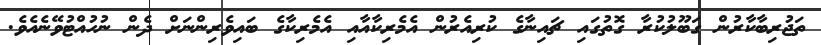
ތަޖުރިބާކާރުން ގަބޫލުކުރާ ގޮތުގައި ޗައިނާގެ ކުރިއެރުން އެމެރިކާއާއި އެމެރިކާގެ ބައިވެރިންނަށް ދެން ނުހުއްޓުވޭނެއެވެ.